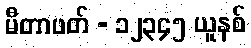
မီတာဖတ် - ၁၂၃၄၅ ယူနစ်